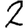
Digit: 2